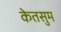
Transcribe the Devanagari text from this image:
केतसुम